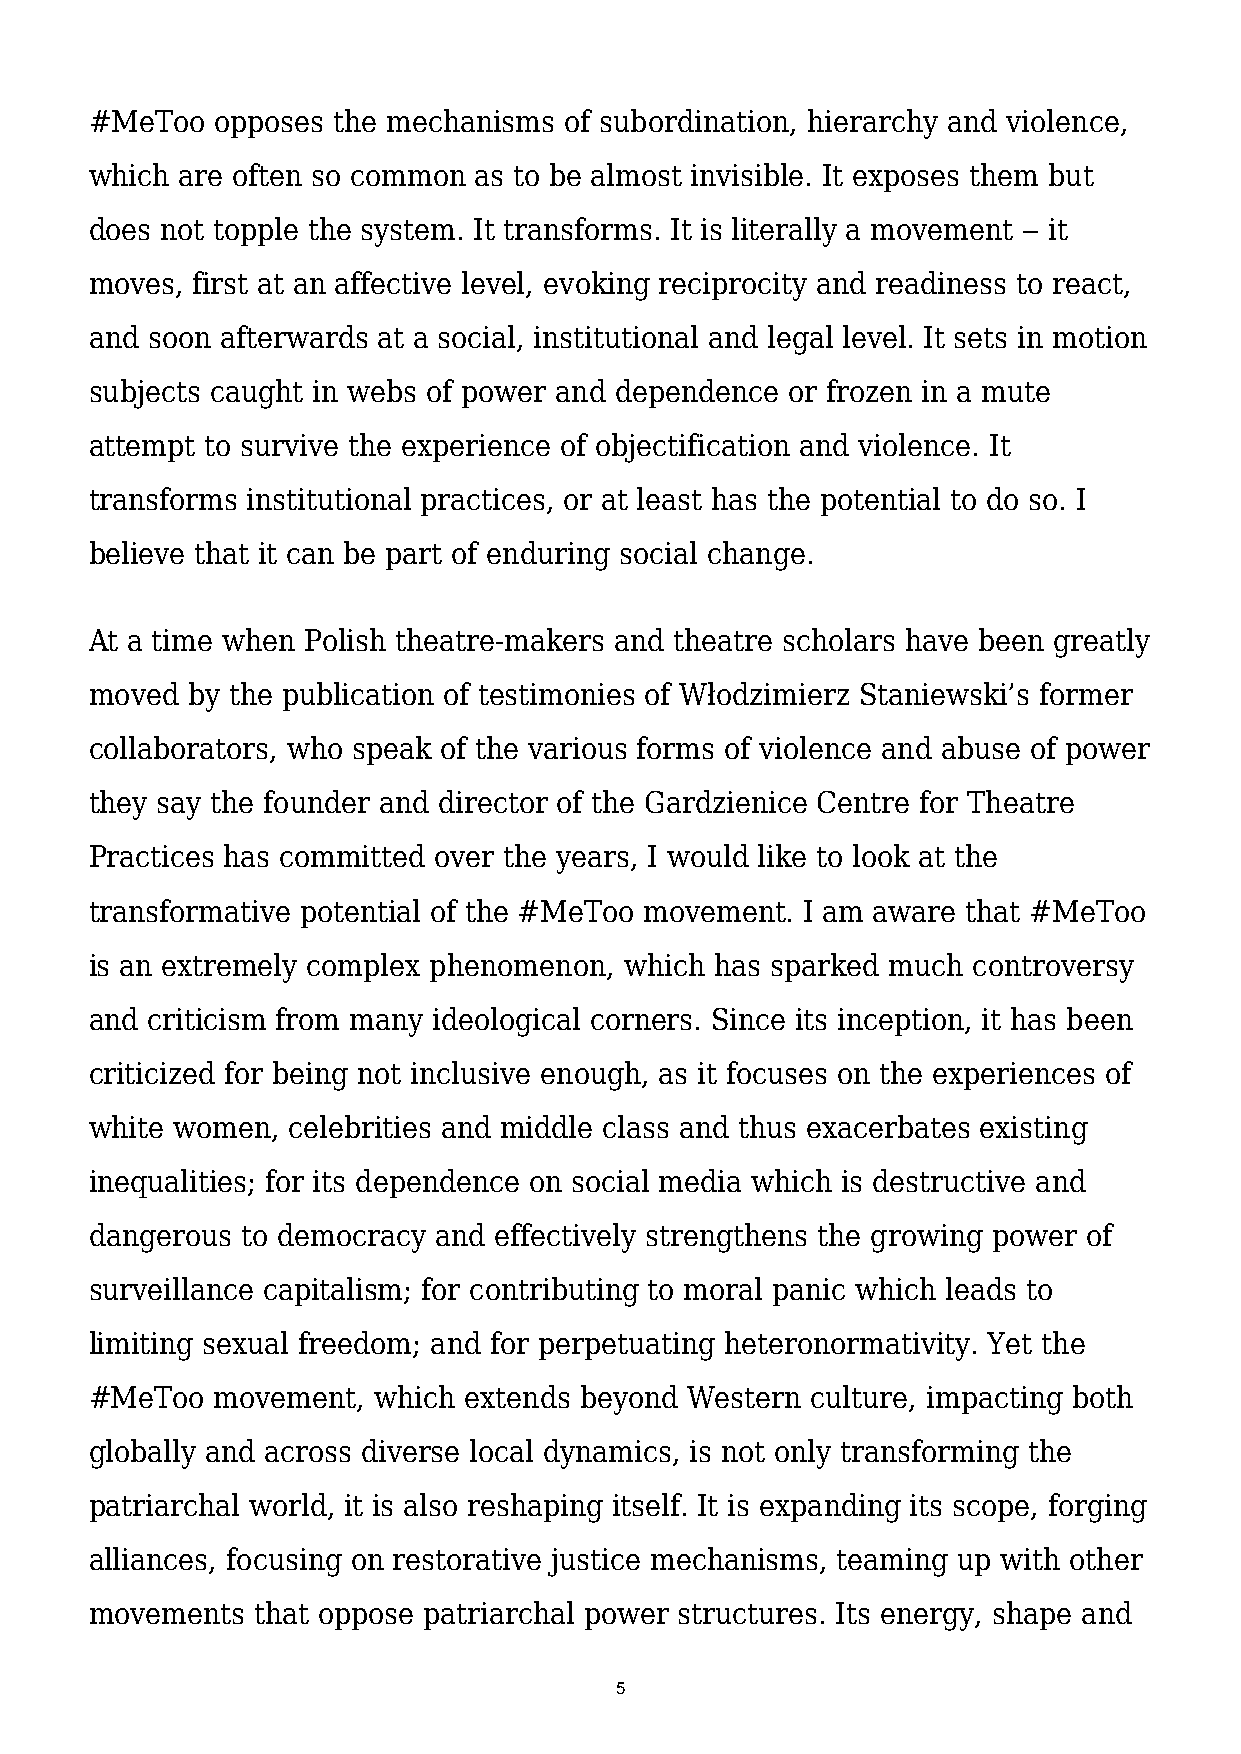
#MeToo  opposes the mechanisms of subordination, hierarchy and violence,
 which are often so common as to be almost invisible. It exposes them but
 does not topple the system. It transforms. It is literally a movement ‒ it
 moves, first at an affective level, evoking reciprocity and readiness to react,
 and soon afterwards at a social, institutional and legal level. It sets in motion
 subjects caught in webs of power and dependence or frozen in a mute
 attempt to survive the experience of objectification and violence. It
 transforms institutional practices, or at least has the potential to do so. I
 believe that it can be part of enduring social change.
 At a time when Polish theatre-makers and theatre scholars have been greatly
 moved by the publication of testimonies of Włodzimierz Staniewski’s former
 collaborators, who speak of the various forms of violence and abuse of power
 they say the founder and director of the Gardzienice Centre for Theatre
 Practices has committed over the years, I would like to look at the
 transformative potential of the #MeToo movement. I am aware that #MeToo
 is an extremely complex phenomenon, which has sparked much controversy
 and criticism from many ideological corners. Since its inception, it has been
 criticized for being not inclusive enough, as it focuses on the experiences of
 white women, celebrities and middle class and thus exacerbates existing
 inequalities; for its dependence on social media which is destructive and
 dangerous to democracy and effectively strengthens the growing power of
 surveillance capitalism; for contributing to moral panic which leads to
 limiting sexual freedom; and for perpetuating heteronormativity. Yet the
 #MeToo  movement,  which extends beyond Western culture, impacting both
 globally and across diverse local dynamics, is not only transforming the
 patriarchal world, it is also reshaping itself. It is expanding its scope, forging
 alliances, focusing on restorative justice mechanisms, teaming up with other
 movements  that oppose patriarchal power structures. Its energy, shape and
 5